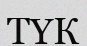
ТҮК